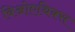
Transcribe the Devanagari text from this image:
बिओएथिक्स